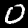
Label: 0